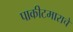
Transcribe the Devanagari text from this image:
पाकीटमाराचे